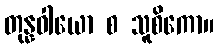
တုန္နဝါယော စ သူစိကော။